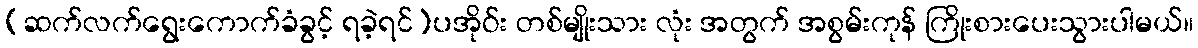
(ဆက်လက်ရွေးကောက်ခံခွင့် ရခဲ့ရင်)ပအိုဝ်း တစ်မျိုးသား လုံး အတွက် အစွမ်းကုန် ကြိုးစားပေးသွားပါမယ်။